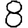
Digit: 8